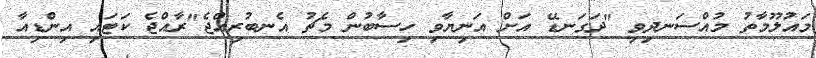
މައުލޫމާތު މުއްސަނދިވި "ދަގަނޑޭ އަށް އަނިޔާވި ހިސާބުން މެޗު އެނބުރިއްޖެ"ރާއްޖެ ކަޓައި އިންޑިއާ